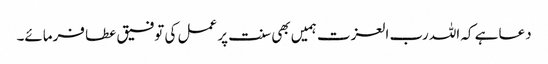
دعا ہے کہ اللہ رب العزت ہمیں بھی سنت پر عمل کی توفیق عطا فرمائے۔